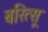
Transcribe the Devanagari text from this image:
बरित्सू